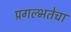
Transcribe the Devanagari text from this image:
प्रगल्‍भतेचा